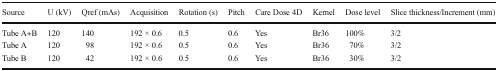
<table><thead><tr><td><b>Source</b></td><td><b>U (kV)</b></td><td><b>Qref (mAs)</b></td><td><b>Acquisition</b></td><td><b>Rotation (s)</b></td><td><b>Pitch</b></td><td><b>Care Dose 4D</b></td><td><b>Kernel</b></td><td><b>Dose level</b></td><td><b>Slice thickness/Increment (mm)</b></td></tr></thead><tbody><tr><td>Tube A+B</td><td>120</td><td>140</td><td>192 × 0.6</td><td>0.5</td><td>0.6</td><td>Yes</td><td>Br36</td><td>100%</td><td>3/2</td></tr><tr><td>Tube A</td><td>120</td><td>98</td><td>192 × 0.6</td><td>0.5</td><td>0.6</td><td>Yes</td><td>Br36</td><td>70%</td><td>3/2</td></tr><tr><td>Tube B</td><td>120</td><td>42</td><td>192 × 0.6</td><td>0.5</td><td>0.6</td><td>Yes</td><td>Br36</td><td>30%</td><td>3/2</td></tr></tbody></table>